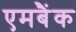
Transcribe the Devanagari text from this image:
एमबैंक